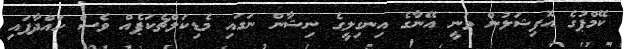
ކޭމްޕުގެ އޮފިޝަލުން ވަނީ އޭނާގެ އިނގިލީގެ ނިޝާން ނަގައި މެޑިކަލްޗެކަޕެއް ވެސް ހައްދާފައި